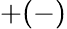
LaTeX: +(-)